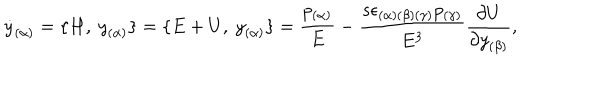
LaTeX: { \dot { y } } _ { ( \alpha ) } = \{ H , \ { y } _ { ( \alpha ) } \} = \{ E + U , \ { y } _ { ( \alpha ) } \} = { \frac { p _ { ( \alpha ) } } { E } } - { \frac { s \epsilon _ { ( \alpha ) ( \beta ) ( \gamma ) } p _ { ( \gamma ) } } { E ^ { 3 } } } { \frac { \partial U } { \partial { y } _ { ( \beta ) } } } ,